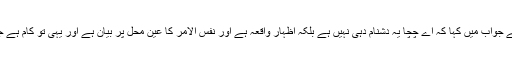
آنحضرت صلی اللہ علیہ وسلم نے جواب میں کہا کہ اے چچا یہ دشنام دہی نہیں ہے بلکہ اظہار واقعہ ہے اور نفس الامر کا عین محل پر بیان ہے اور یہی تو کام ہے جس کے لئے مَیں بھیجا گیا ہوں۔